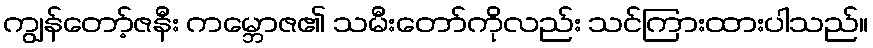
ကျွန်တော့်ဇနီး ကမ္ဘောဇ၏ သမီးတော်ကိုလည်း သင်ကြားထားပါသည်။